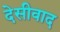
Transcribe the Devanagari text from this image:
देसीवाद